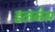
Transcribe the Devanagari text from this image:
डलनेस